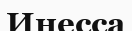
Инесса